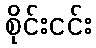
စိုင်းငင်း